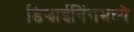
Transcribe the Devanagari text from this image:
डिझाईनिंगमध्ये